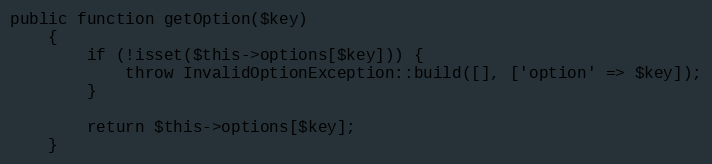
Language: PHP
public function getOption($key)
    {
        if (!isset($this->options[$key])) {
            throw InvalidOptionException::build([], ['option' => $key]);
        }

        return $this->options[$key];
    }